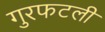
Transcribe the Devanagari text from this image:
गुरफटली